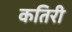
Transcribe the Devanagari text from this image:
कतिरी